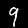
Label: 9